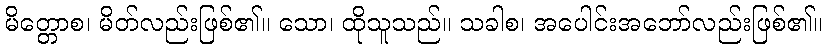
မိတ္တောစ၊ မိတ်လည်းဖြစ်၏။ သော၊ ထိုသူသည်။ သခါစ၊ အပေါင်းအဘော်လည်းဖြစ်၏။